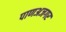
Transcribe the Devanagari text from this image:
पाणअजगर